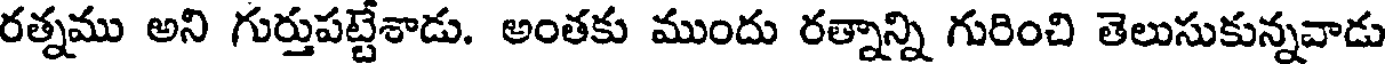
రత్నము అని గుర్తుపట్టేశాడు. అంతకు ముందు రత్నాన్ని గురించి తెలుసుకున్నవాడు